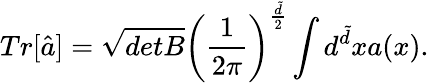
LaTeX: Tr[\hat{a}]=\sqrt{detB}\left(\frac{1}{2\pi}\right)^{\frac{\tilde{d}}{2}}\int d^{\tilde{d}}xa(x).